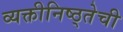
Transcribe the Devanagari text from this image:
व्यक्तीनिष्ठ्तेची